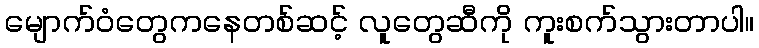
မျောက်ဝံတွေကနေတစ်ဆင့် လူတွေဆီကို ကူးစက်သွားတာပါ။